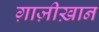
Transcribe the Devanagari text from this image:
ग़ाज़ीख़ान